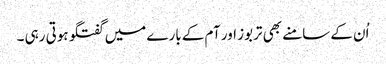
اُن کے سامنے بھی تربوز اور آم کے بارے میں گفتگو ہوتی رہی ۔